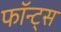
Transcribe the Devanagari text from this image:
फॉन्ट्स